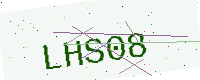
Text: LHS08